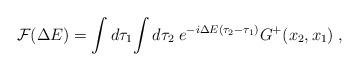
LaTeX: \begin{align*}{\cal F}(\Delta E) =\int d\tau_1\!\int d\tau_2\;e^{-i\Delta E(\tau_2-\tau_1)}G^+(x_2,x_1) \; , \end{align*}